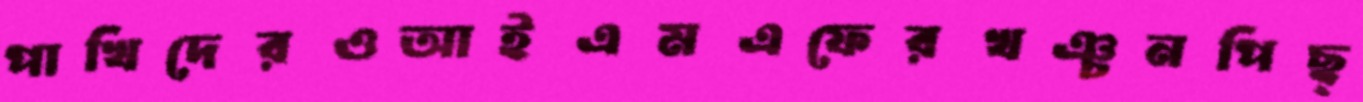
পাখিদেরওআইএমএফেরখঞ্চনপিছ্